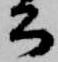
公